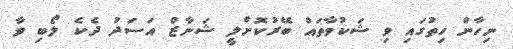
ނިހާން ހިތުގައި ވި ޝަކުވާތައް ބޭރުކޮށްލީ ޝަނާޒް އަސަދު ދެކެ ލޯބި ވާ